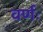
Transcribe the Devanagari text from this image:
वर्णः